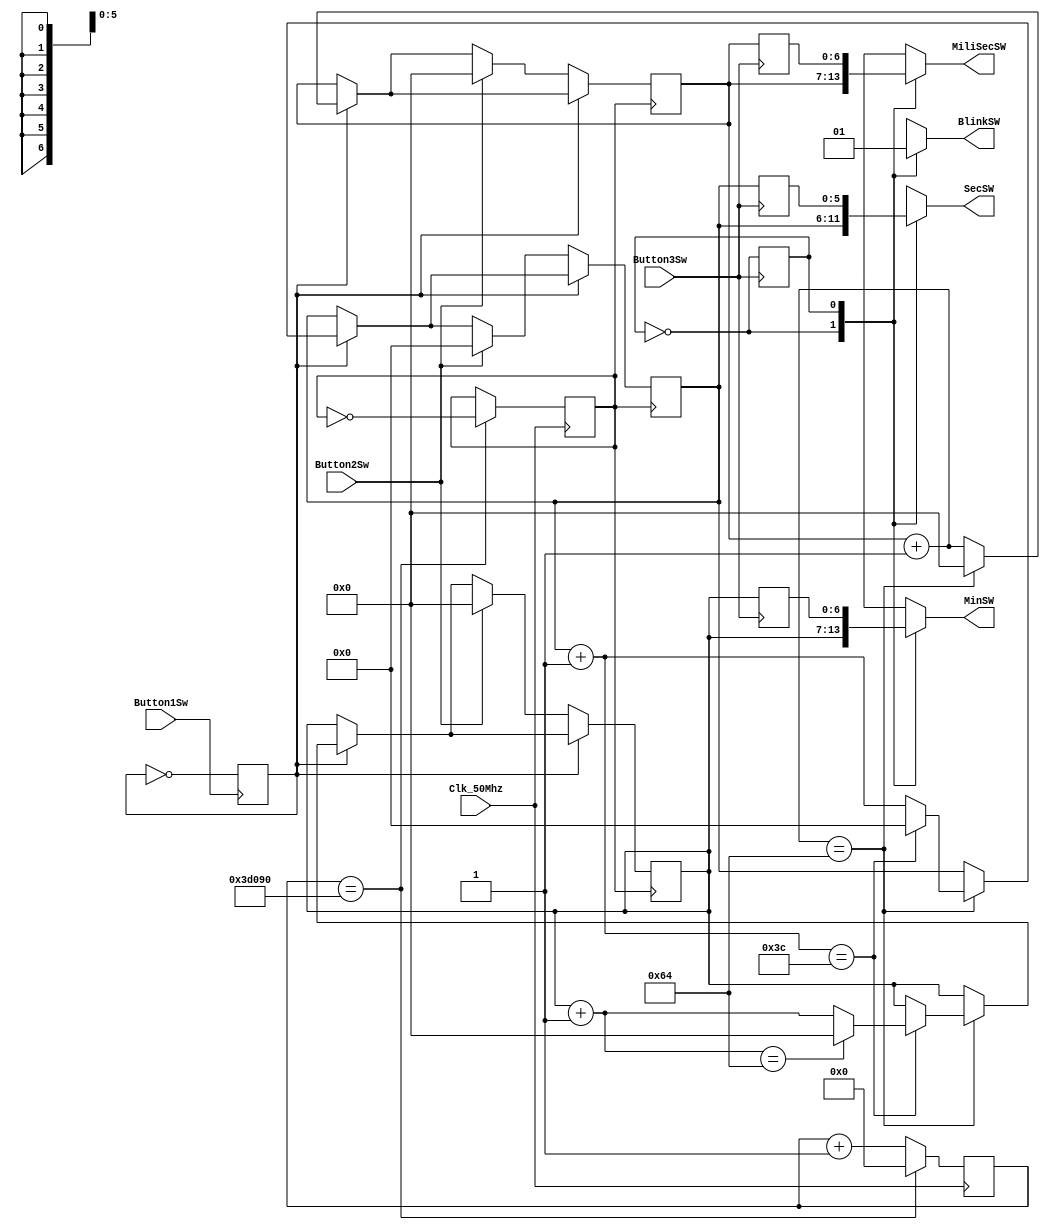
module Stopwatch(

input Clk_50Mhz,
input Button1Sw,//run/stop
input Button2Sw,//rest
input Button3Sw,//planned split

output reg [6:0]MiliSecSW = 0,
output reg [5:0]SecSW = 0,
output reg [6:0]MinSW = 0,

output reg BlinkSW
);

reg Clk_100Hz = 1;
reg [27:0]Counter = 0;
//***********************Clock divider**************//
always @ (posedge Clk_50Mhz)
	begin
		
		if(Counter == 250_000)
			begin
				Clk_100Hz <= ~Clk_100Hz;
				Counter <=0;
			end
		else
			begin
				Counter <= Counter +1;
			end
		
	end
//***********************Counter update*************//
reg Run = 0;
reg Split = 0;

reg [6:0]TMPMiliSecSW = 0;
reg [5:0]TMPSecSW = 0;
reg [6:0]TMPMinSW = 0;

reg [6:0]LiveMiliSecSW = 0;
reg [5:0]LiveSecSW = 0;
reg [6:0]LiveMinSW = 0;

always @ (posedge Button3Sw)
	begin
	
		Split <= ~Split;
		TMPMiliSecSW <= LiveMiliSecSW ;
		TMPSecSW <= LiveSecSW ;
		TMPMinSW <= LiveMinSW;
	end

always @ (Split)
	begin
	
	
			
		case(Split)

			0: begin
				
				MiliSecSW = LiveMiliSecSW;
				SecSW = LiveSecSW;
				MinSW = LiveMinSW;
				BlinkSW = 0;
				
			end
			
			
			1: begin
				MiliSecSW <= TMPMiliSecSW;
				SecSW <= TMPSecSW;
				MinSW <= TMPMinSW;
				BlinkSW = 1;
			
			end
			
		endcase
			
	
	
	end


always @ (posedge Button1Sw)
	begin
	
		Run = ~Run;
		
	end
	
always @ (posedge Clk_100Hz)
	begin
		if(Run == 1)
			begin
			
				LiveMiliSecSW = LiveMiliSecSW + 1;
				if(LiveMiliSecSW == 100)
					begin
					
						LiveMiliSecSW = 0;
						LiveSecSW = LiveSecSW + 1;
						if(LiveSecSW == 60)
							begin
							
								LiveSecSW = 0 ;
								LiveMinSW = LiveMinSW + 1;
								if(LiveMinSW == 100)
									begin
									
										LiveMinSW = 0;
									
									end
							end
					end
				
			end
		
			
		if(Run == 0)
			begin
			
				if(Button2Sw)
					begin
					
						LiveMiliSecSW = 0;
						LiveSecSW = 0;
						LiveMinSW = 0;
					
					end
			
			end
		
	end
	
endmodule